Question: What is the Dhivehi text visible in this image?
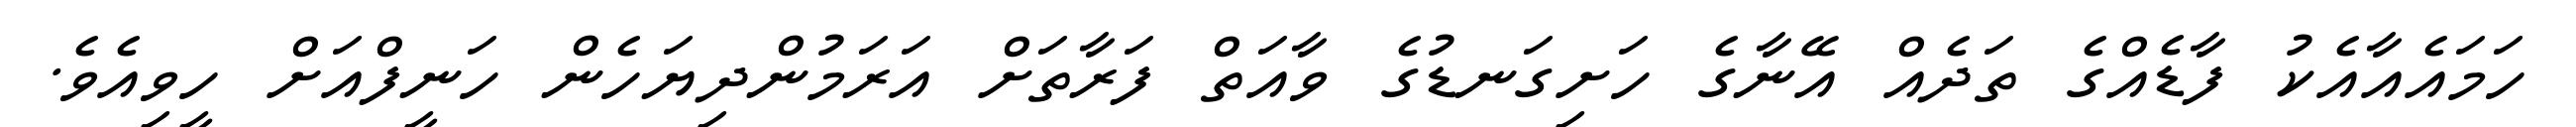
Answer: ހަމައެއާއެކު ފާޑެއްގެ ތަދެއް އޭނާގެ ހަށިގަނޑުގެ ވާއަތް ފަރާތަށް އަރަމުންދިޔަހެން ހަނީފްއަށް ހީވިއެވެ.